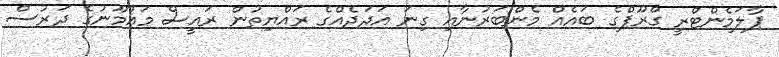
ޕާލަމެންޓްރީ ގްރޫޕްގެ ބައެއް މެންބަރުނާއި ގިނަ އަދަދެއްގެ ރައްޔިތުން ރައީސް މައުމޫނުގެ ދަރުސް